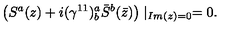
\left( S ^ { a } ( z ) + i ( \gamma ^ { 1 1 } ) _ { b } ^ { a } \bar { S } ^ { b } ( \bar { z } ) \right) \mid _ { I m ( z ) = 0 } = 0 .